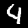
Digit: 4